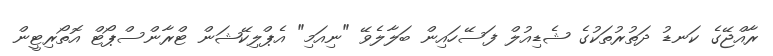
ރާއްޖޭގެ ކަނޑު ދަތުރުތަކުގެ ޝެޑިއުލް ފަސޭހައިން ބަލާލެވޭ "ނިއަމި" އެޕްލިކޭޝަން ޓްރާންސްޕޯޓް އޮތޯރިޓީން